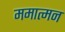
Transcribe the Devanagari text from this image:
ममात्मन